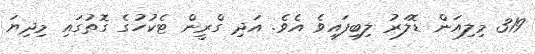
319 މިލިއަން ޑޮލަރު ލިބިފައިވެ އެވެ. އަދި ގްރީން ޓެކުހުގެ ގޮތުގައި މިދިޔަ